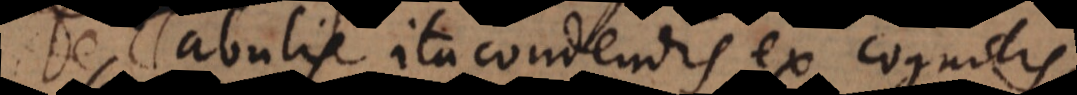
De Tabulis ita condendis ex cognitis,